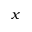
\boldsymbol { x }